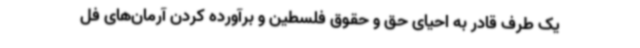
یک طرف قادر به احیای حق و حقوق فلسطین و برآورده کردن آرمان‌های فل